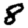
Digit: 8